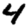
Digit: 4